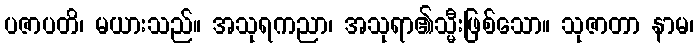
ပဇာပတိ၊ မယားသည်။ အသုရကညာ၊ အသုရာ၏သ္မီးဖြစ်သော။ သုဇာတာ နာမ၊